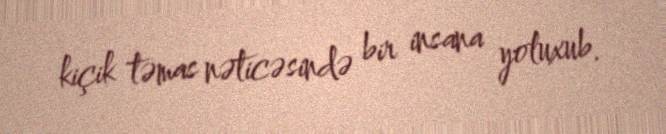
kiçik təmas nəticəsində bir insana yoluxub.